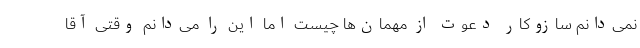
نمی‌دانم سازوکار دعوت از مهمان‌ها چیست اما این را می‌دانم وقتی آقا